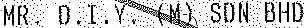
MR. D.I.Y. (M) SDN BHD